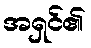
အရှင်၏